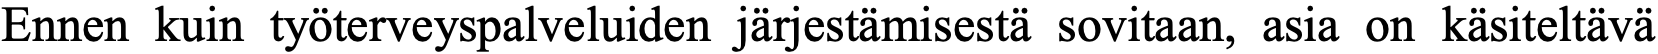
Ennen kuin työterveyspalveluiden järjestämisestä sovitaan, asia on käsiteltävä